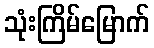
သုံးကြိမ်မြောက်